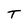
Character: T